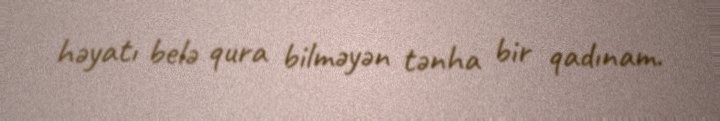
həyatı belə qura bilməyən tənha bir qadınam.